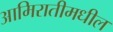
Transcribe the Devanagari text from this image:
आमिरातीमधील